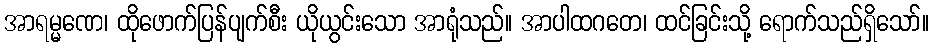
အာရမ္မဏေ၊ ထိုဖောက်ပြန်ပျက်စီး ယိုယွင်းသော အာရုံသည်။ အာပါထဂတေ၊ ထင်ခြင်းသို့ ရောက်သည်ရှိသော်။